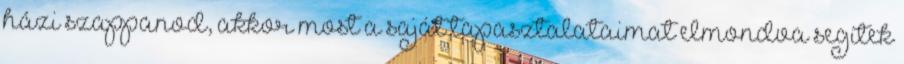
házi szappanod, akkor most a saját tapasztalataimat elmondva segítek